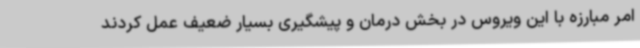
امر مبارزه با این ویروس در بخش درمان و پیشگیری بسیار ضعیف عمل کردند